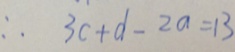
\therefore 3 c + d - 2 a = 1 3